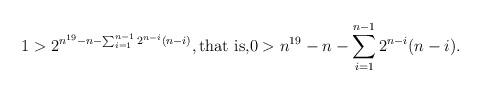
LaTeX: \begin{align*}1 > 2^{n^{19}-n-\sum_{i=1}^{n-1}2^{n-i}(n-i)}, \textrm{that is,} 0> n^{19}-n-\sum_{i=1}^{n-1}2^{n-i}(n-i).\end{align*}